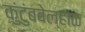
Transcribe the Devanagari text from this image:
कुंटुंबवेल्हाळ